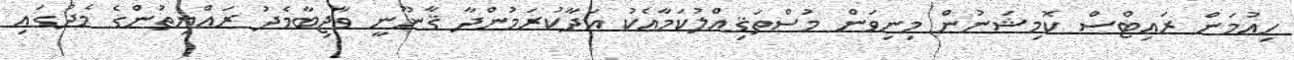
ހިއުމަން ރައިޓްސް ކޮމިޝަނުން މިނިވަން މުސްތަޤިއްލުކަމާއެކު އަދާކުރަމުންދާ ޤާނޫނީ ވާޖިބާމެދު ރައްޔިތުންގެ މެދުގައި